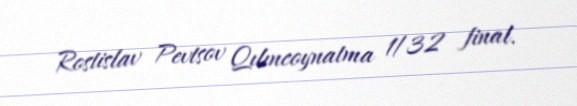
Rostislav Pevtsov Qılıncoynatma 1/32 final.